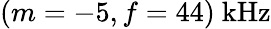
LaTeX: (m=-5,f=44)\mathrm{~kHz}